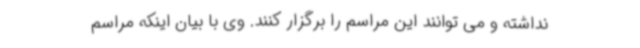
نداشته و می توانند این مراسم را برگزار کنند. وی با بیان اینکه مراسم